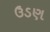
ઉડણ